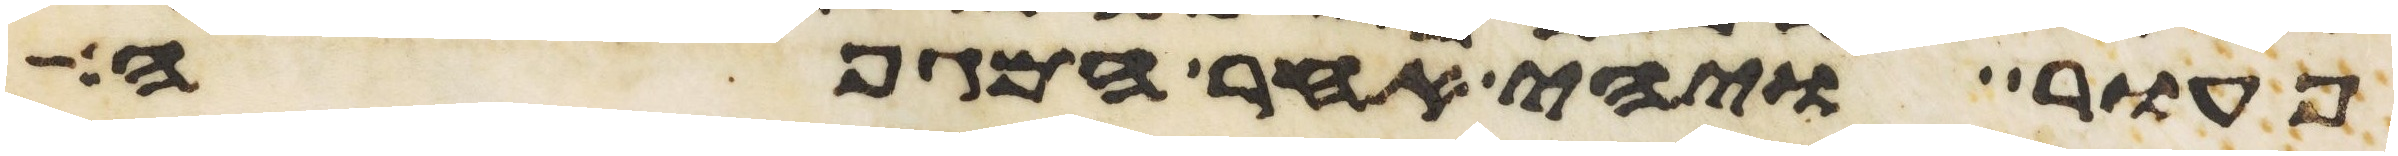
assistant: פעור ויהי אחר המגפה